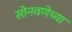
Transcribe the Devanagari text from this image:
सोनवणेच्या